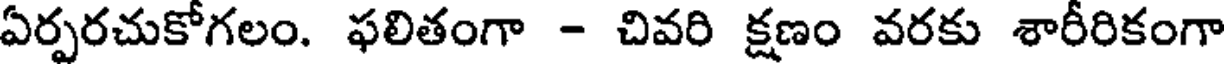
ఏర్పరచుకోగలం. ఫలితంగా - చివరి క్షణం వరకు శారీరికంగా